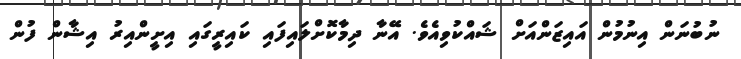
ނުބުނަން އިނުމުން އައިޒަންއަށް ޝައްކުވިއެވެ. އޭނާ ދިމާކޮށްލައިފައި ކައިރީގައި އިށީންއިރު އިޝާން ފުން